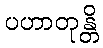
ပဟာတုန္တိ